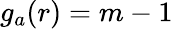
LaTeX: g_{a}(r)=m-1